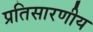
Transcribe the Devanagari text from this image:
प्रतिसारणीय